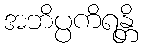
အဘိပ္ပကိရန္တိ